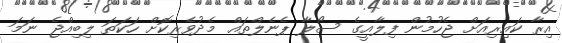
އިރާ ކައިރިއަށް ޖެހުމުން ފިލާއީގެ ސޯލާ ޕެނެލްތައް މެދުވެރިކޮށް ހަކަތަ ލިބިއްޖެ ނަމަ